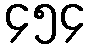
၄၅၄